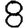
Digit: 8